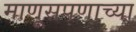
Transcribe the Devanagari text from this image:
माणूसपणाच्या